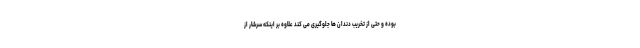
بوده و حتی از تخریب دندان ها جلوگیری می کند علاوه بر اینکه سرشار از